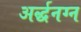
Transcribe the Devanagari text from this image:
अर्द्धनग्न